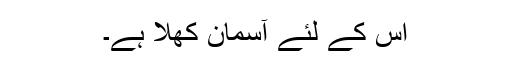
اس کے لئے آسمان کھلا ہے۔